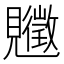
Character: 𧢡